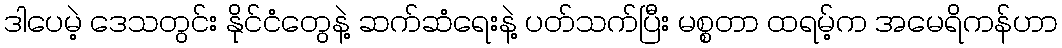
ဒါပေမဲ့ ဒေသတွင်း နိုင်ငံတွေနဲ့ ဆက်ဆံရေးနဲ့ ပတ်သက်ပြီး မစ္စတာ ထရမ့်က အမေရိကန်ဟာ